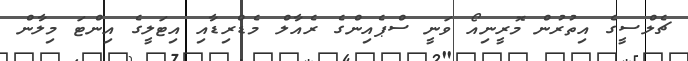
ޗެލްސީގެ އިތުރުން މޮރީނިއޯ ވަނީ ސްޕެއިންގެ ރެއާލް މެޑްރިޑާއި އިޓަލީގެ އިންޓަ މިލާން